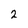
Character: 2